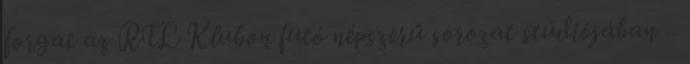
forgat az RTL Klubon futó népszerű sorozat stúdiójában –